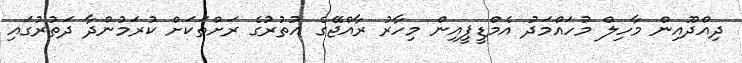
ދިއްދޫއިން މާހިލް މުހައްމަދު އެމްޑީޕީއިން މިހާރު ރާއްޖޭގެ އުތުރުގެ ރަށްތަކަށް ކުރަމުންދާ ދަތުރުގައި